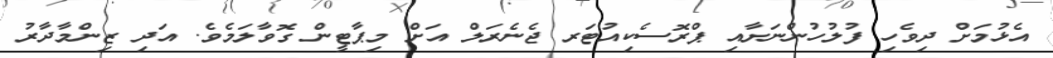
އެޅުމަށް ދިވެހި ފުލުހުންނަށާއި ޕްރޮސެކިއުޓަރ ޖެނެރަލް އަށް މިޕާޓީން ގޮވާލަމެވެ. އަދި ޒިންމާދާރު